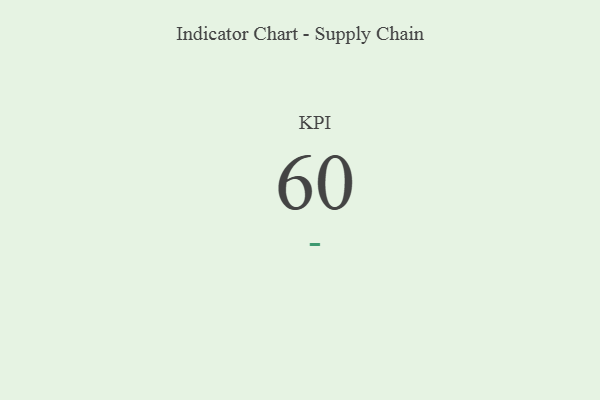
{"axis": {"x": "KPI", "y": "Value"}, "legend": [""], "data": [{"x": "KPI", "y": 60, "type": ""}]}